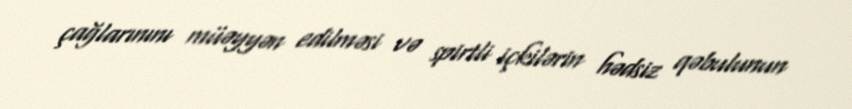
çağlarınını müəyyən edilməsi və spirtli içkilərin hədsiz qəbulunun